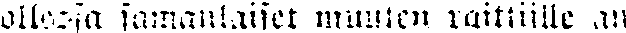
ollessa samanlaiset muuten raittiille an